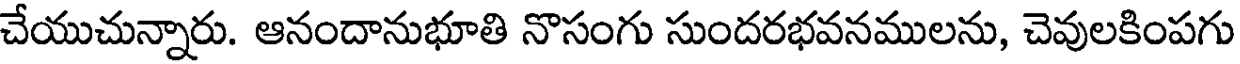
చేయుచున్నారు. ఆనందానుభూతి నొసంగు సుందరభవనములను, చెవులకింపగు